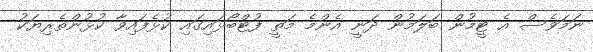
ނަމަވެސް އެ ޓީމުން ބަލަމުން ދަނީ އެންމެ މަތީ ފުޓްބޯޅައިގައި ކުޅެފައިވާ ކުޅުންތެރިޔަކު